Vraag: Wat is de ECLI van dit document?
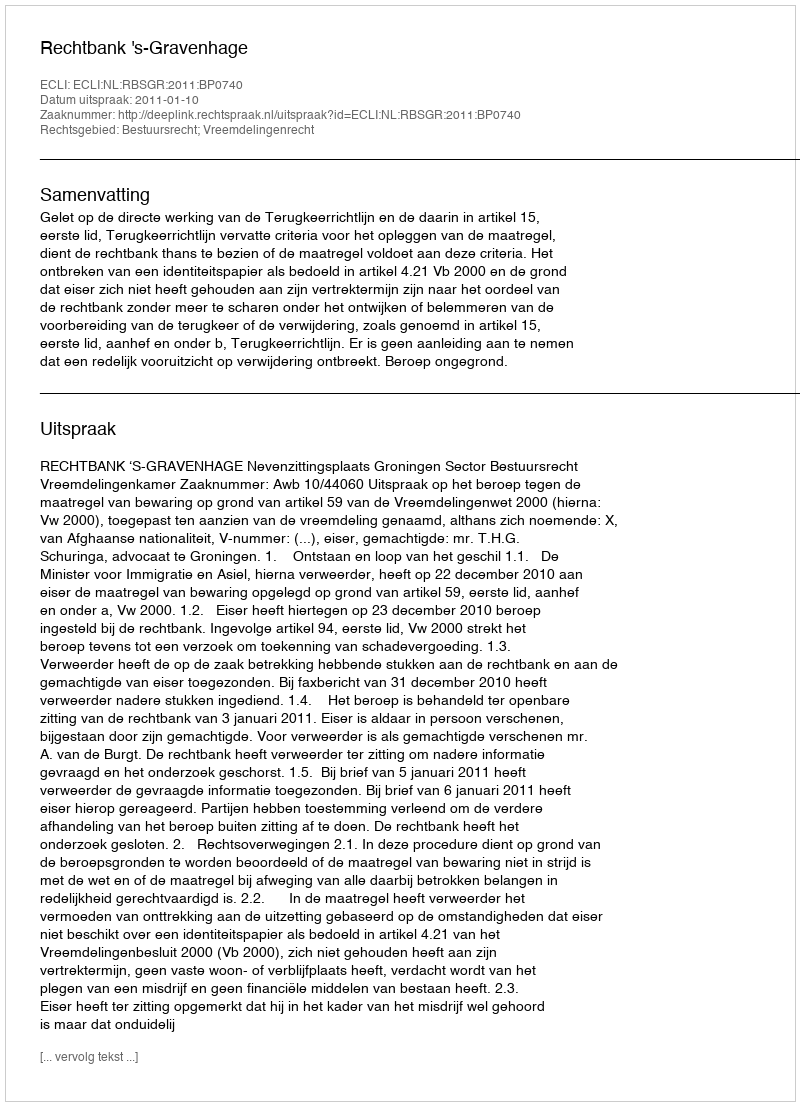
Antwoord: ECLI:NL:RBSGR:2011:BP0740